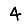
Digit: 4